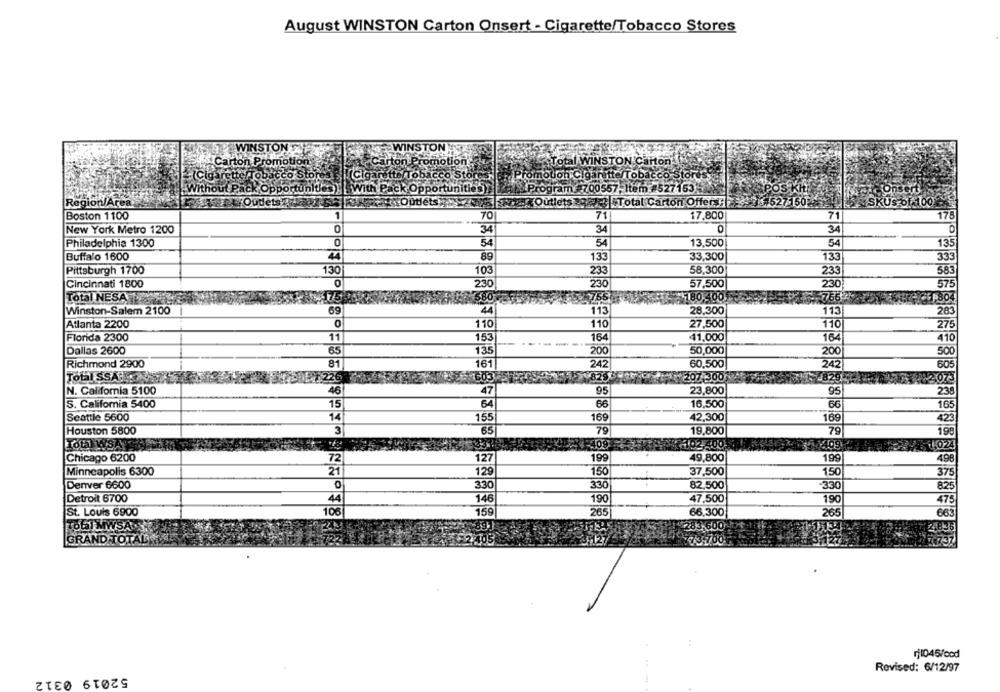
August WINSTON Carton Onsert - Cigarette/Tobacco Stores
TON
WINSTON
Carton Promotion:
INSTON Carton'
rette Tobacco Stord
(Cigarette Tobacco Stor
Promotion CI
ltles)
[With Pack Opportunities
am
700557, Item #527153
Outlets
1. 527150
Region/Area
ets 323 Total Carton Offers
SKUS of.100
1
17.800
71
178
Boston 1100
70
71
34
0
34
0
New York Metro 1200
34
0
Philadelphia 1300
54
54
13,500
54
135
44
89
133
33,300
Buffalo 1600
133
333
130
103
233
58,300
Pittsburgh 1700
233
583
Cincinnati 1800
0
230
230
57,500
230
575
Total NESA
180.400
1,804
Winston-Salem 2100
69
44
113
28,300
113
283
Atlanta 2200
0
110
110
27,500
110
275
Florida 2300
11
153
164
41,000
164
410
Dallas 2600
65
135
200
50,000
200
500
Richmond 2900
81
161
242
60,500
242
605
Total SSA
F226
8263
207.300
Z820
2070
N. California 5100
46
47
95
23,800
95
238
S. California 5400
15
64
66
16,500
66
165
Seattle 5600
14
155
169
42,300
169
42
Houston 5800
3
65
79
19,800
79
198
LOL) WYSA
4-409
02,400
1409
1,024
199
49,800
Chicago 6200
72
127
199
498
37,500
Minneapolis 6300
21
129
150
150
37
Denver 6600
0
330
82,500
825
330
330
Detroit 6700
44
47,500
146
190
190
47
St. Louis 6900
159
265
66,300
26
663
Total MWSA
283,600
GRAND TOTAL VE
722
2.405
₹73-700
Revised: 6/12/97
52019 0312